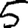
Digit: 5